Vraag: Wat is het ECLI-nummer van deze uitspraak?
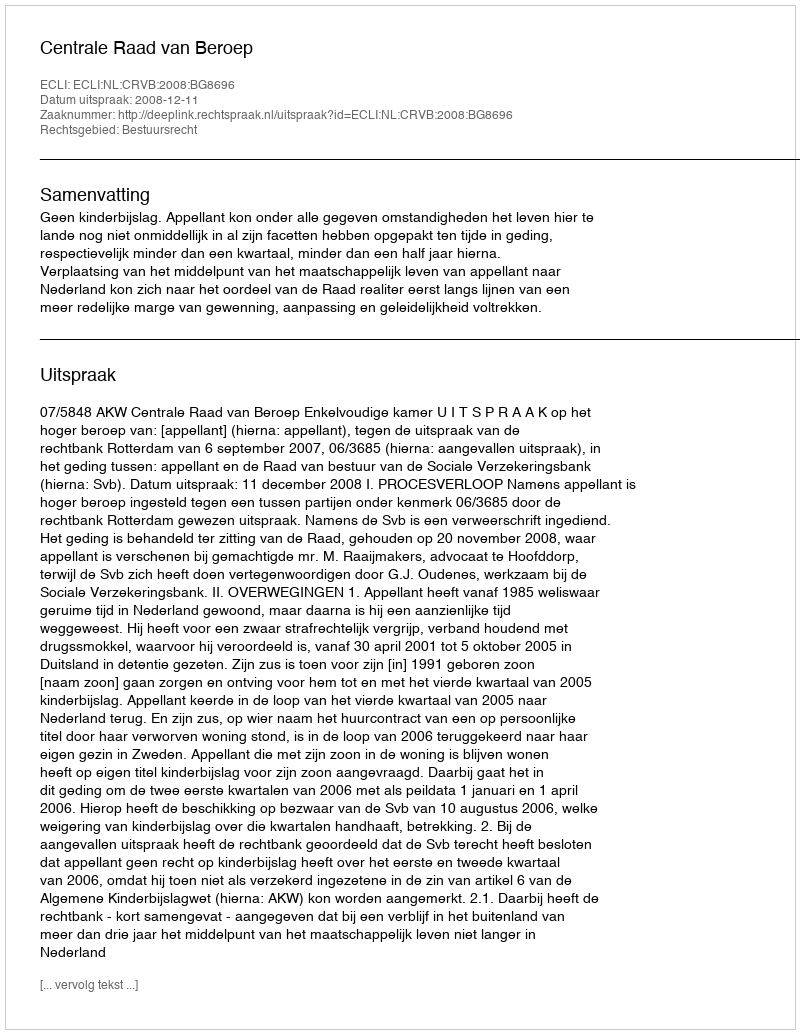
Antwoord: ECLI:NL:CRVB:2008:BG8696